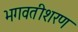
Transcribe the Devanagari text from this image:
भगवतीशरण